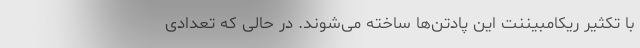
با تکثیر ریکامبیننت این پادتن‌ها ساخته می‌شوند. در حالی که تعدادی